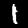
Label: 1